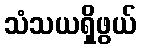
သံသယရှိဖွယ်